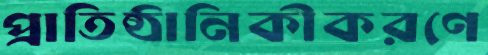
প্রাতিষ্ঠানিকীকরণে